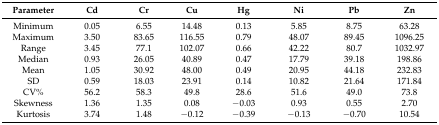
| Parameter | Cd | Cr | Cu | Hg | Ni | Pb | Zn |
 | --- | --- | --- | --- | --- | --- | --- | --- |
 | Minimum | 0.05 | 6.55 | 14.48 | 0.13 | 5.85 | 8.75 | 63.28 |
 | Maximum | 3.50 | 83.65 | 116.55 | 0.79 | 48.07 | 89.45 | 1096.25 |
 | Range | 3.45 | 77.1 | 102.07 | 0.66 | 42.22 | 80.7 | 1032.97 |
 | Median | 0.93 | 26.05 | 40.89 | 0.47 | 17.79 | 39.18 | 198.86 |
 | Mean | 1.05 | 30.92 | 48.00 | 0.49 | 20.95 | 44.18 | 232.83 |
 | SD | 0.59 | 18.03 | 23.91 | 0.14 | 10.82 | 21.64 | 171.84 |
 | CV% | 56.2 | 58.3 | 49.8 | 28.6 | 51.6 | 49.0 | 73.8 |
 | Skewness | 1.36 | 1.35 | 0.08 | −0.03 | 0.93 | 0.55 | 2.70 |
 | Kurtosis | 3.74 | 1.48 | −0.12 | −0.39 | −0.13 | −0.70 | 10.54 |